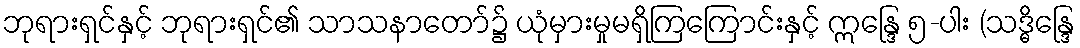
ဘုရားရှင်နှင့် ဘုရားရှင်၏ သာသနာတော်၌ ယုံမှားမှုမရှိကြကြောင်းနှင့် ဣန္ဒြေ ၅-ပါး (သဒ္ဓိန္ဒြေ